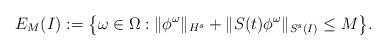
LaTeX: \begin{align*}E_{M} (I) := \big\{ \omega \in \Omega : \| \phi ^{\omega} \|_{H^s} + \| S(t) \phi ^{\omega} \|_{S^s (I)} \le M \big\} .\end{align*}